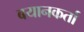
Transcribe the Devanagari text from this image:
बयानकर्ता